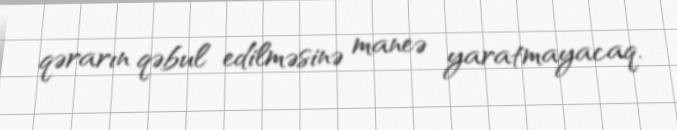
qərarın qəbul edilməsinə maneə yaratmayacaq.